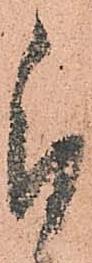
被